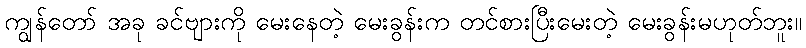
ကျွန်တော် အခု ခင်ဗျားကို မေးနေတဲ့ မေးခွန်းက တင်စားပြီးမေးတဲ့ မေးခွန်းမဟုတ်ဘူး။